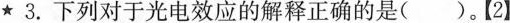
★3.下列对于光电效应的解释正确的是()。【2】